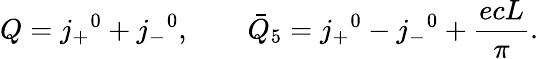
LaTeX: Q=j_{+}{}^{0}+j_{-}{}^{0},\qquad{\bar{Q}}_{5}=j_{+}{}^{0}-j_{-}{}^{0}+\frac{ecL}{\pi}.